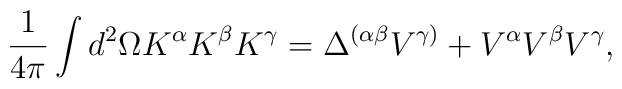
\frac{1}{4\pi}\int d^{2}\Omega K^{\alpha}K^{\beta}K^{\gamma}=\Delta^{(\alpha\beta}V^{\gamma)}+V^{\alpha}V^{\beta}V^{\gamma},